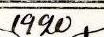
1920